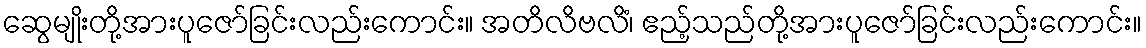
ဆွေမျိုးတို့အားပူဇော်ခြင်းလည်းကောင်း။ အတိလိဗလိံ၊ ဧည့်သည်တို့အားပူဇော်ခြင်းလည်းကောင်း။